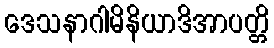
ဒေသနာဂါမိနိယာဒိအာပတ္တိ